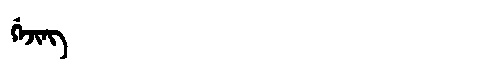
Manchu: ᡤᡝᠵᡳᠩ
Romanization: GEJING